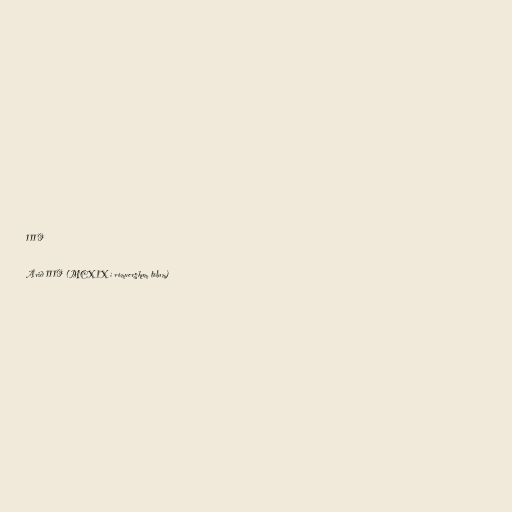
1119

Árið 1119 (MCXIX í rómverskum tölum)